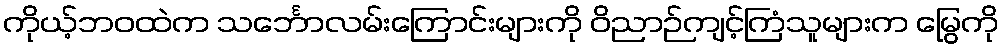
ကိုယ့်ဘဝထဲက သင်္ဘောလမ်းကြောင်းများကို ဝိညာဉ်ကျင့်ကြံသူများက မြွေကို